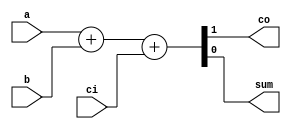
module FA(input a,b,ci,output co,sum);
	assign {co,sum} = a+b+ci;
endmodule